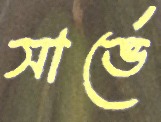
সার্ভে